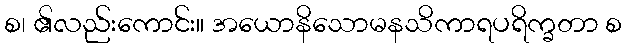
စ၊ ၏လည်းကောင်း။ အယောနိသောမနသိကာရပရိက္ခတာ စ